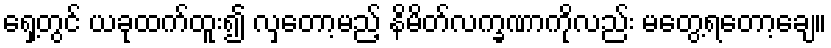
ရှေ့တွင် ယခုထက်ထူး၍ လှတော့မည့် နိမိတ်လက္ခဏာကိုလည်း မတွေ့ရတော့ချေ။